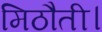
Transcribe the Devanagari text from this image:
मिठौती।